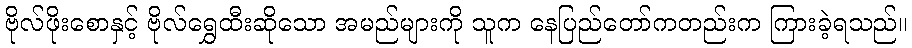
ဗိုလ်ဖိုးစောနှင့် ဗိုလ်ရွှေထီးဆိုသော အမည်များကို သူက နေပြည်တော်ကတည်းက ကြားခဲ့ရသည်။